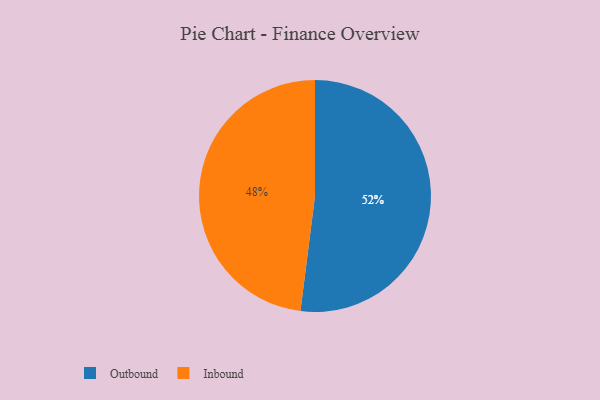
{"axis": {"x": "Category", "y": "Percentage"}, "legend": ["Inbound", "Outbound"], "data": [{"x": "Inbound", "y": 48, "type": "Inbound"}, {"x": "Outbound", "y": 52, "type": "Outbound"}]}